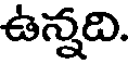
ఉన్నది.